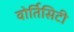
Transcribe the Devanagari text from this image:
वोर्तिसिटी